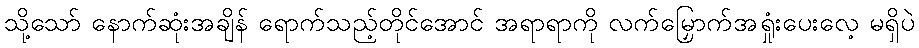
သို့သော် နောက်ဆုံးအချိန် ရောက်သည့်တိုင်အောင် အရာရာကို လက်မြှောက်အရှုံးပေးလေ့ မရှိပဲ